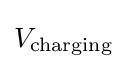
V_{\text{charging}}